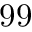
9 9